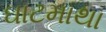
ઘાટમાથા